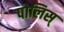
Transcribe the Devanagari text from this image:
पोलिस्